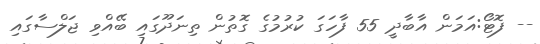
-- ފޮޓޯ:އަމަން އާބާދީ 55 ފާހަގަ ކުރުމުގެ ގޮތުން ތިނަދޫގައި ބޭއްވި ޖަލްސާގައި